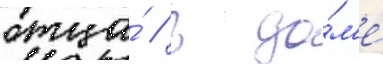
отца́ // В до́м'е